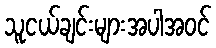
သူငယ်ချင်းများအပါအဝင်